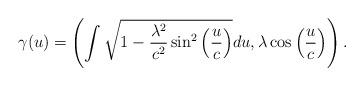
LaTeX: \begin{align*}\gamma (u)=\left( \int \sqrt{1-\frac{\lambda ^{2}}{c^{2}}\sin ^{2}\left( \frac{u}{c}\right) }du,\lambda \cos \left( \frac{u}{c}\right) \right) .\end{align*}